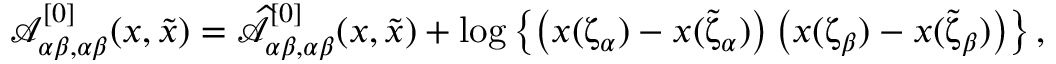
\begin{array} { r } { { \mathcal A } _ { \alpha \beta , \alpha \beta } ^ { [ 0 ] } ( x , \tilde { x } ) = \widehat { { \mathcal A } } _ { \alpha \beta , \alpha \beta } ^ { [ 0 ] } ( x , \tilde { x } ) + \log \left\{ \left( x ( \upzeta _ { \alpha } ) - x ( \tilde { \upzeta } _ { \alpha } ) \right) \left( x ( \upzeta _ { \beta } ) - x ( \tilde { \upzeta } _ { \beta } ) \right) \right\} , } \end{array}